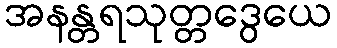
အနန္တရသုတ္တဒွေယေ